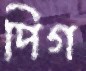
পিগ